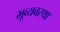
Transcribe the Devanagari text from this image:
भूव्यवस्था